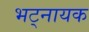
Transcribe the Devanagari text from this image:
भट्नायक